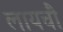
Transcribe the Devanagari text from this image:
लायचौ